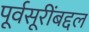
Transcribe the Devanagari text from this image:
पूर्वसूरींबद्दल